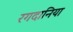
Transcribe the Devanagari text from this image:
रगदानिया